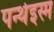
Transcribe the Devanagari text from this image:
पन्थेइस्म